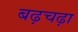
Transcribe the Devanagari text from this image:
बढ़चढ़ा